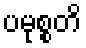
ပမုစ္စတိ